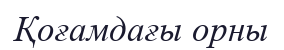
Қоғамдағы орны